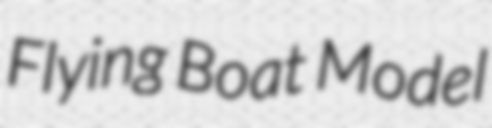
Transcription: Flying Boat Model